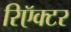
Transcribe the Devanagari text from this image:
रिऍक्टर